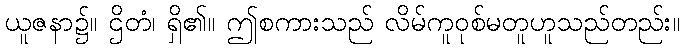
ယူဇနာ၌။ ဌိတံ၊ ရှိ၏။ ဤစကားသည် လိမ်ကူဝုစ်မတူဟူသည်တည်း။